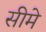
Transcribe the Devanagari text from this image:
सीमे